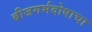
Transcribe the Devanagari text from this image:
बीजगर्भदोषाचा